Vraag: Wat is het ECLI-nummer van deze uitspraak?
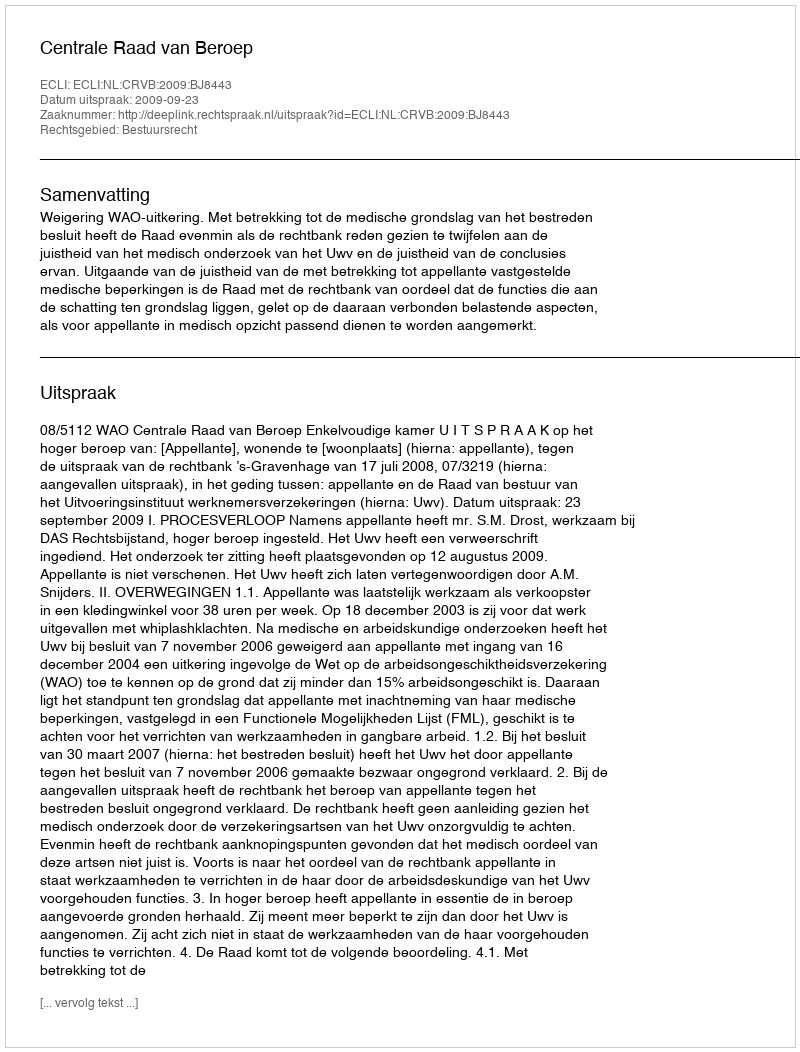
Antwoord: ECLI:NL:CRVB:2009:BJ8443